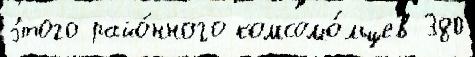
э́того райо́нного комсомо́льцев 380